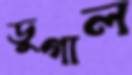
ডুগাল